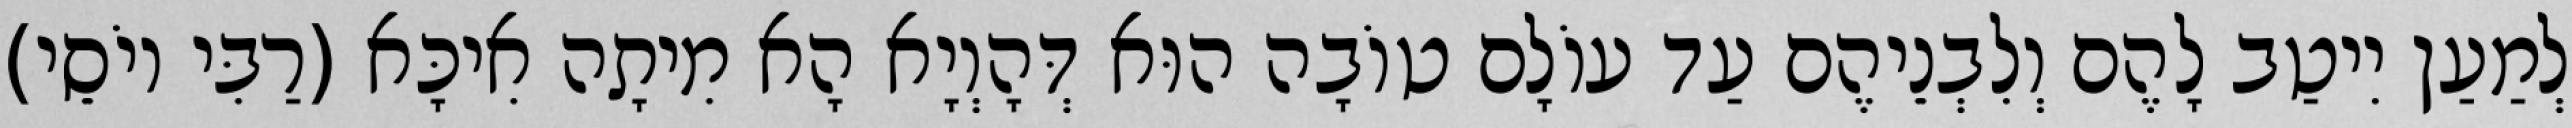
לְמַעַן יִיטַב לָהֶם וְלִבְנֵיהֶם עַד עוֹלָם טוֹבָה הוּא דְּהָוְיָא הָא מִיתָה אִיכָּא (רַבִּי יוֹסֵי)